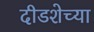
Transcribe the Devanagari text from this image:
दीडशेच्या